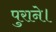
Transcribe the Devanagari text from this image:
पुराने।